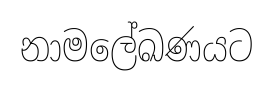
නාමලේඛණයට